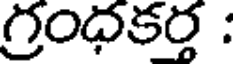
గ్రంధకర్త :